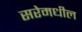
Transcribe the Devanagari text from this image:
सरेमधील